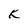
Character: K